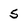
Character: 5